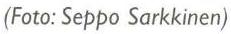
(Foto: Seppo Sarkkinen)